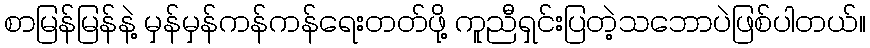
စာမြန်မြန်နဲ့ မှန်မှန်ကန်ကန်ရေးတတ်ဖို့ ကူညီရှင်းပြတဲ့သဘောပဲဖြစ်ပါတယ်။